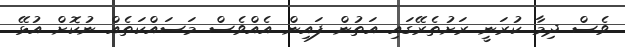
ވެސް ދިމާ ކުރަނީ ރަށުތެރޭގައި އަތުން ފައިން އެއްވެސް މަސައްކަތެއް ނުކޮށް އުޅޭ